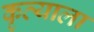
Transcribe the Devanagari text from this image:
कृत्याला